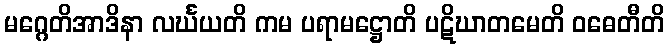
မဂ္ဂေတိအာဒိနာ လင်္ဃယတိ ကမ ပရာမဋ္ဌောတိ ပဋိဃာတမေတိ ဝဓေတီတိ